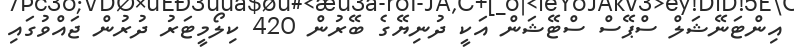
އިންޓަނޭޝަލް ސްޕޭސް ސްޓޭޝަން އަކީ ދުނިޔޭގެ ބޭރުން 420 ކިލޯމީޓަރު ދުރުން ޖައްވުގައި